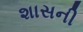
શાસની